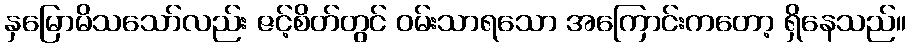
နှမြောမိသသော်လည်း ဇင့်စိတ်တွင် ဝမ်းသာရသော အကြောင်းကတော့ ရှိနေသည်။